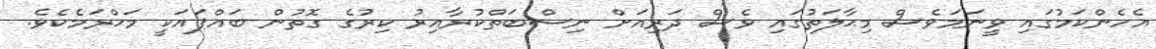
އެހެންކަމުގައި ވީނަމަވެސް މިޙާލަތުގައި ވެސް ދަރިއަށް ނިސްބަތްކުރާއިރު ކިރުގެ ގޮތުން ބައްޕައަކީ މަޙްރަމެކެވެ.